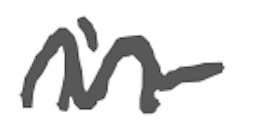
Text: in
Cross-out: wave
Writing tool: digital_gray